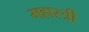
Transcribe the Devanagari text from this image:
महास्त्री